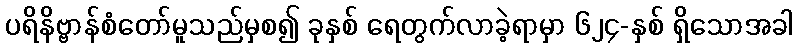
ပရိနိဗ္ဗာန်စံတော်မူသည်မှစ၍ ခုနှစ် ရေတွက်လာခဲ့ရာမှာ ၆၂၄-နှစ် ရှိသောအခါ